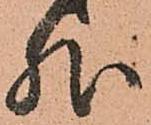
然